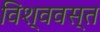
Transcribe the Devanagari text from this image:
विश्ववस्त